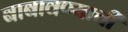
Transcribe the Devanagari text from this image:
बाबावण्याची